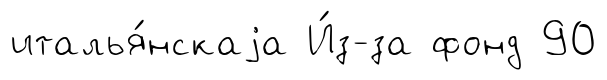
италья́нскаjа И́з-за фонд 90